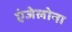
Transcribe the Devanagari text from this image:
एंजेलोना